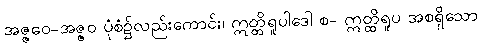
အဇ္ဇဝေ-အဇ္ဇဝ ပုံစံ၌လည်းကောင်း၊ ဣတ္ထိရူပါဒေါ စ- ဣတ္ထိရူပ အစရှိသော